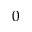
0